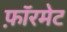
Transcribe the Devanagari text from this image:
फ़ॉरमेट